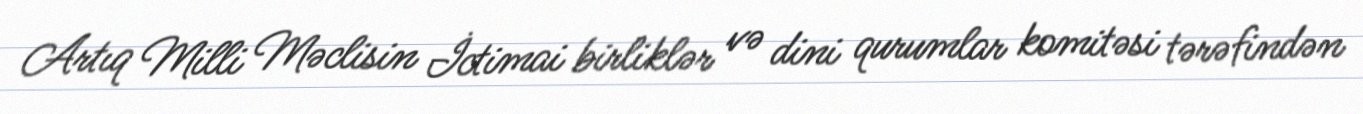
Artıq Milli Məclisin İctimai birliklər və dini qurumlar komitəsi tərəfindən